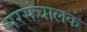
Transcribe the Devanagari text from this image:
सरसंचालक